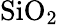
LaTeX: \textrm{SiO}_{2}